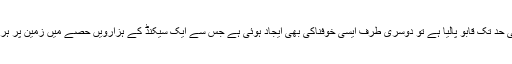
اگر آج انسان نے موت تک پر کسی حد تک قابو پالیا ہے تو دوسری طرف ایسی خوفناکی بھی ایجاد ہوئی ہے جس سے ایک سیکنڈ کے ہزارویں حصے میں زمین پر ہر ذی روح تباہ و برباد ہوسکتی ہے۔